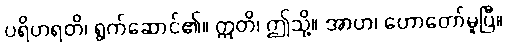
ပရိဟရတိ၊ ရွက်ဆောင်၏။ ဣတိ၊ ဤသို့။ အာဟ၊ ဟောတော်မူပြီ။